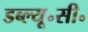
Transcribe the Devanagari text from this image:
डब्ल्यू॰सी॰